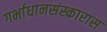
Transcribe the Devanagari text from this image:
गर्भाधानसंस्कारास